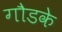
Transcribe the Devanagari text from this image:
गौडके